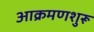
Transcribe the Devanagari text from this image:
आक्रमणशुरू